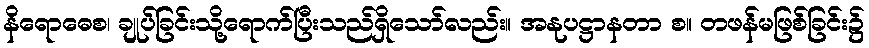
နိရောဓေစ၊ ချုပ်ခြင်းသို့ရောက်ပြီးသည်ရှိသော်လည်း။ အနုပဋ္ဌာနတာ စ။ တဖန်မဖြစ်ခြင်း၌